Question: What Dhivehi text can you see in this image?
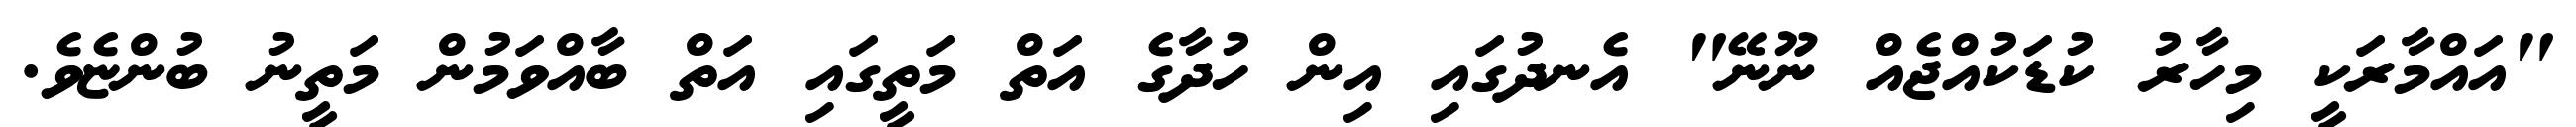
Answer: "އައްމާރަކީ މިހާރު ކުޑަކުއްޖެއް ނޫނޭ" އެނދުގައި އިން ހުދާގެ އަތް މަތީގައި އަތް ބާއްވަމުން މަތީނު ބުންޏެވެ.